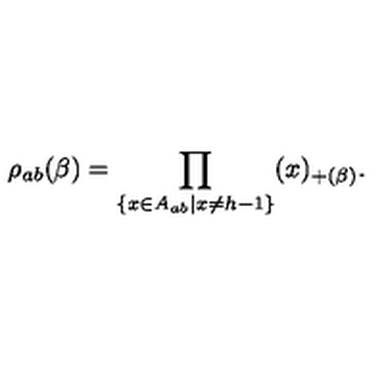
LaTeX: \rho _ { a b } ( \beta ) = \prod _ { \{ x \in A _ { a b } | x \neq h - 1 \} } ( x ) _ { + ( \beta ) } .